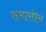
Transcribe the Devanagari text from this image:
समासीनं